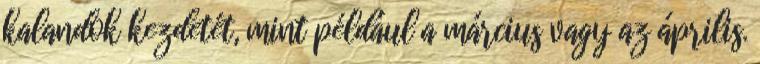
kalandok kezdetét, mint például a március vagy az április.